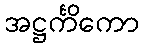
အဋ္ဌင်္ကိကော